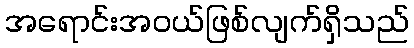
အရောင်းအဝယ်ဖြစ်လျက်ရှိသည်